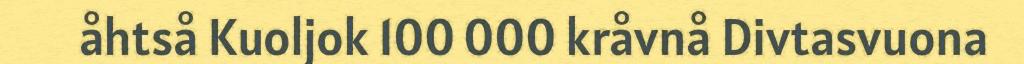
åhtså Kuoljok 100 000 kråvnå Divtasvuona